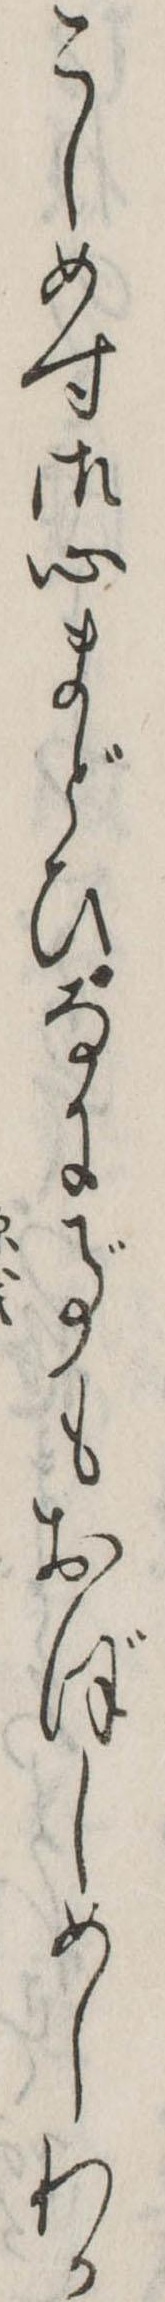
こしめす御心まどひなに事もおぼしめしわか